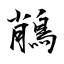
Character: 𪁎